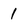
Character: 1